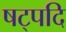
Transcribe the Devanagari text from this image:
षट्पदि